Lunatic asylums Central Provinces reports 1886-1894 - 1886-1894
Year: 1886
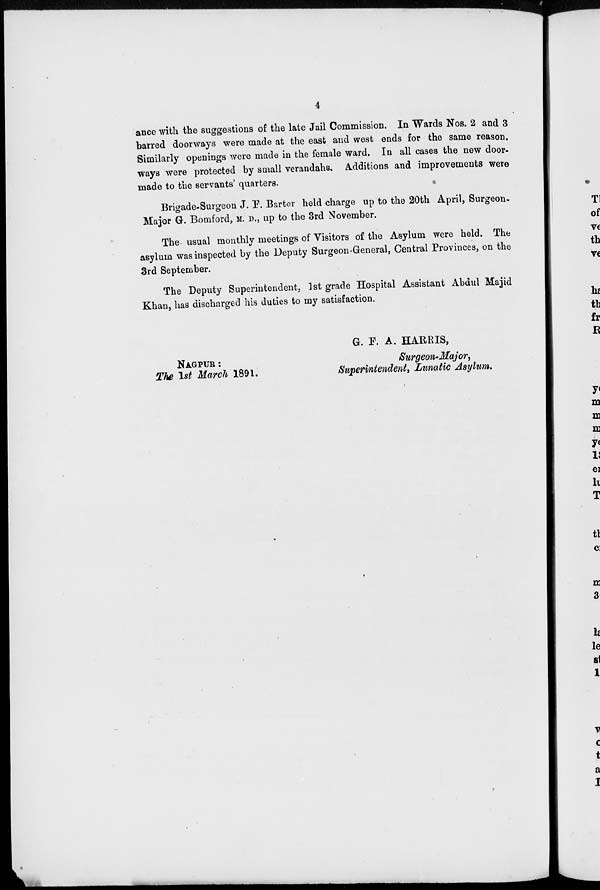
4
ance with the suggestions of the late Jail Commission. In Wards Nos. 2 and 3
barred doorways were made at the east and west ends for the same reason.
Similarly openings were made in the female ward. In all cases the new door-
ways were protected by small verandahs. Additions and improvements were
made to the servants' quarters.
Brigade-Surgeon J. F. Barter held charge up to the 20th April, Surgeon-
Major G. Bomford, M. D., up to the 3rd November.
The usual monthly meetings of Visitors of the Asylum were held. The
asylum was inspected by the Deputy Surgeon-General, Central Provinces, on the
3rd September.
The Deputy Superintendent, 1st grade Hospital Assistant Abdul Majid
Khan, has discharged his duties to my satisfaction.
G. F. A. HARRIS,
NAGPUR :
Surgeon-Major,
The 1st March 1891.
Superintendent, Lunatic Asylum.